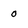
Character: 0